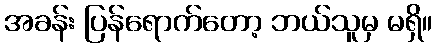
အခန်း ပြန်ရောက်တော့ ဘယ်သူမှ မရှိ။